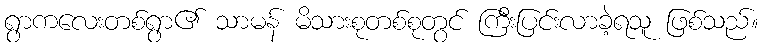
ရွာကလေးတစ်ရွာ၏ သာမန် မိသားစုတစ်စုတွင် ကြီးပြင်းလာခဲ့ရသူ ဖြစ်သည်။